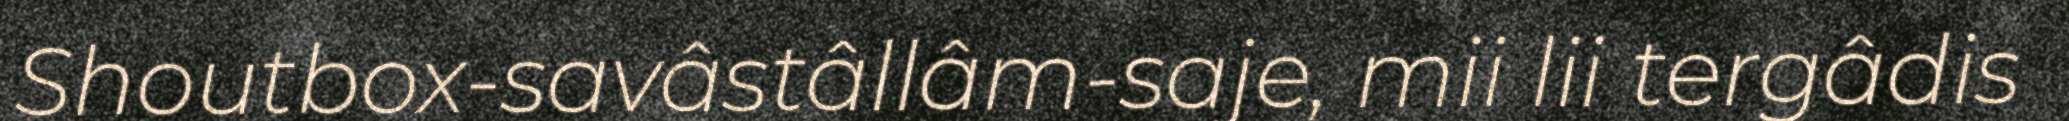
Shoutbox-savâstâllâm-saje, mii lii tergâdis